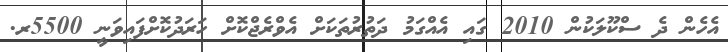
އެހެން ދެ ސްކޫލަކުން 2010 ގައި އެއްގަމު ދަތުރުތަކަށް އެވްރެޖްކޮށް ހަރަދުކޮށްފައިވަނީ 5500ރ.